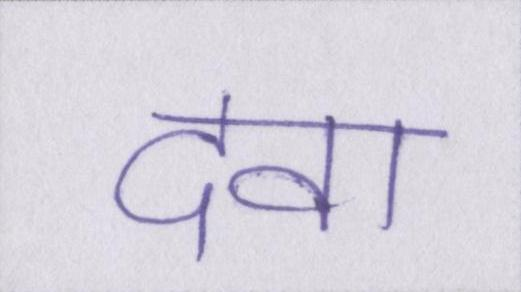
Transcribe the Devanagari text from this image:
दवा